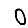
Digit: 0